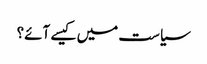
سیاست میں کیسے آئے؟